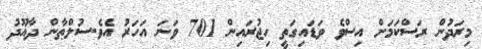
މިރަދުން ރަސްކަމަށް އިސްވެ ވަޑައިގަތީ ހިޖުރައިން 701 ވަނަ އަހަރު އެވެ.ސުލްޠާން ދާއޫދު